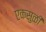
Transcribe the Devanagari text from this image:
एकसुळी